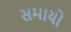
સમાયો